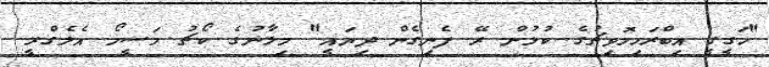
"ހަގީގީ އިބްރަހިމޮވިޗުގެ ކުޅުން ރޭ ފެނިގެން ދިޔައީ" މިލާނުގެ ކޯޗު މަސީމޯ އެލެގްރީ